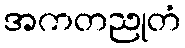
အကတညုတံ